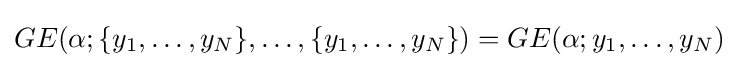
GE(\alpha ;\{y_{1},\ldots ,y_{N}\},\ldots ,\{y_{1},\ldots ,y_{N}\})=GE(\alpha ;y_{1},\ldots ,y_{N})